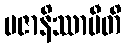
ပဇာနိဿာမီတိ